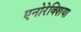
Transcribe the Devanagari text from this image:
एनोरेक्शिया